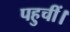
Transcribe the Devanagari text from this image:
पहुचीं।